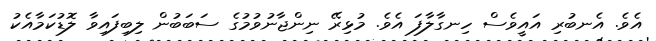
އެވެ. އެނބުރި އައީވެސް ހިނގާލާފަ އެވެ. މުޅިރޭ ނިންޖާނުވުމުގެ ސަބަބުން ލިބިފައިވާ ލޮޑުކަމާއެކު